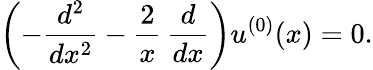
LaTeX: \left(-\frac{d^{2}}{dx^{2}}-\frac{2}{x}\, \frac{d}{dx}\right)u^{(0)}(x)=0.